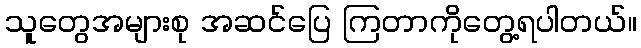
သူတွေအများစု အဆင်ပြေ ကြတာကိုတွေ့ရပါတယ်။